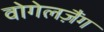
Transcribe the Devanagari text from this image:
वोगेलज़ैंग